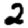
Digit: 2